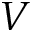
V